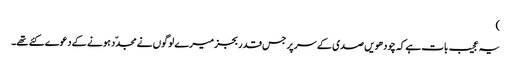
)
یہ عجیب بات ہے کہ چودھویں صدی کے سر پر جس قدر بجز میرے لوگوں نے مجدّد ہونے کے دعوے کئے تھے۔